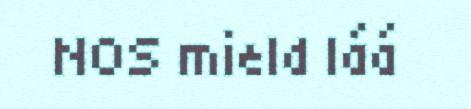
NOS mield láá